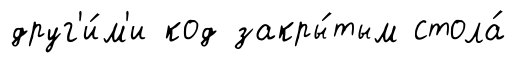
друг'и́м'и код закры́тым стола́